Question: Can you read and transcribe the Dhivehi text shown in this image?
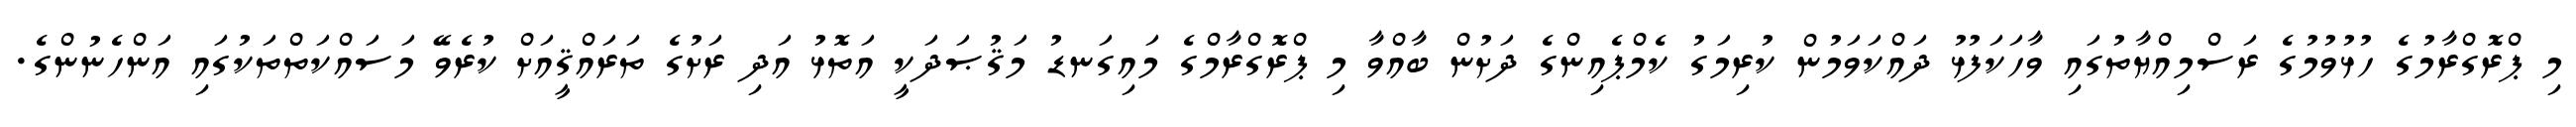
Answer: މި ޕްރޮގްރާމުގެ ހުޅުވުމުގެ ރަސްމިއްޔާތުގައި ވާހަކަފުޅު ދައްކަވަމުން ކުރިމަގު ކެމްޕެއިންގެ ދަށުން ބާއްވާ މި ޕްރޮގްރާމްގެ މައިގަނޑު މަޤުޞަދަކީ އަތޮޅު އަދި ރަށުގެ ތަރައްޤީއަށް ކުރެވޭ މަސައްކަތްތަކުގައި އަންހެނުންގެ.